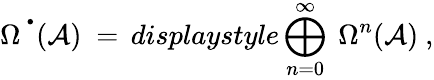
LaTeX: \Omega^{\, ^{\bullet}}({\mathcal A})\ =\, displaystyle\bigoplus_{n=0}^{\infty}\ \Omega^{n}({\mathcal A})\ ,